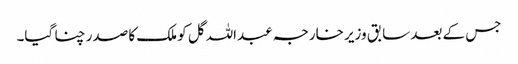
جس کے بعد سابق وزیر خارجہ عبداللہ گل کو ملک کا صدر چنا گیا۔